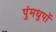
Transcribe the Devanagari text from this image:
पुंमधुपों